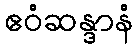
ဧဝံဆန္ဒာနံ